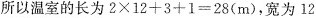
所以温室的长为$$2 \times 12+3+1=28(m)$$，宽为12